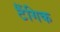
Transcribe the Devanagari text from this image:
टैंगिक